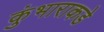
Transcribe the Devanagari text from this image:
कुंभाराकडे